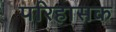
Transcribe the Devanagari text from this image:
परिहासक